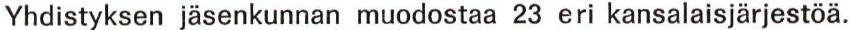
Yhdistyksen jäsenkunnan muodostaa 23 eri kansalaisjärjestöä.